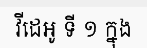
វីដេអូ ទី ១ ក្នុង